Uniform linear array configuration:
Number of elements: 64
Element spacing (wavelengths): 0.75
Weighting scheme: blackman
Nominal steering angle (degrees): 45
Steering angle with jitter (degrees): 46.748
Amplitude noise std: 0.05
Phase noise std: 0.05

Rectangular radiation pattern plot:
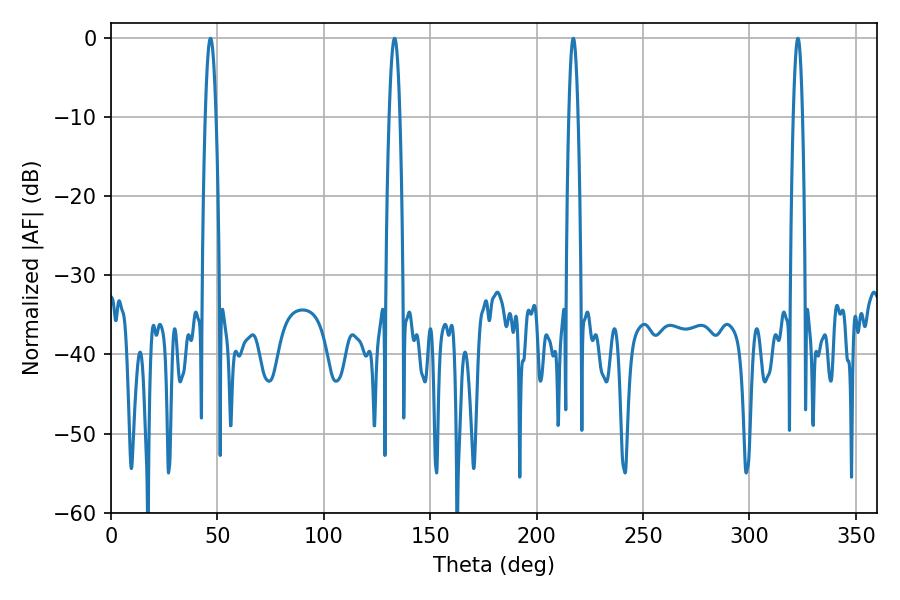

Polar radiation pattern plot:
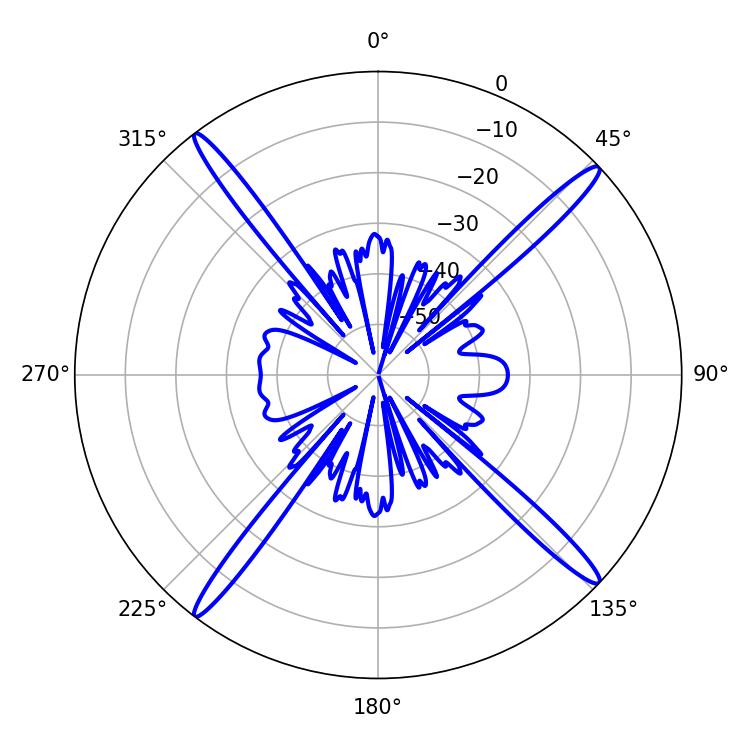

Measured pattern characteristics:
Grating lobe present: TRUE
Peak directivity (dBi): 19.592
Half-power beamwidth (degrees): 2.34
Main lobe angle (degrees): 322.74